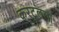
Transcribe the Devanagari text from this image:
करटूलला